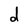
Character: d